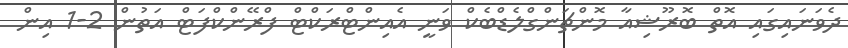
ދެވަނައިގައި އޮތް ބޮރޫޝިއާ މޮންޗަންގްލެޑްބެކް ވަނީ އެއިންޓްރަކްޓް ފްރޭންކްފަޓް އަތުން 2-1 އިން